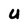
Character: U